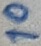
Text: 10